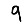
Digit: 9